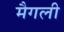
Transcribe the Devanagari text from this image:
मैगली